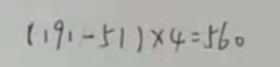
( 1 9 1 - 5 1 ) \times 4 = 5 6 0